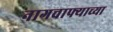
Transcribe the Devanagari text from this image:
नागचाफ्याच्या